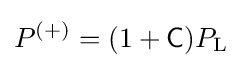
P^{(+)}=(1+{\mathsf {C}})P_{\text{L}}